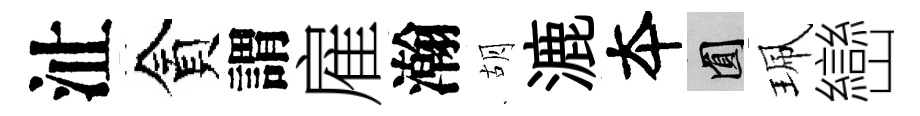
沚貪謂雇瀚胡漉夲圓珮巒